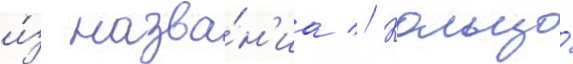
и́з назва́н'иа // Кольцо́